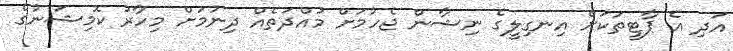
އަދި އެ ޕާޓީތަކަށް އިނގިލީގެ ނިޝާން ޖެހުމަށް މުއްދަތެއް ދިނުމަށް މިހާރު ކޮމިޝަނުގެ